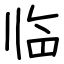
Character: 临